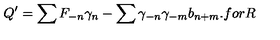
Q ^ { \prime } = \sum F _ { - n } \gamma _ { n } - \sum \gamma _ { - n } \gamma _ { - m } b _ { n + m } . f o r R